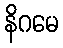
နိဂမေ